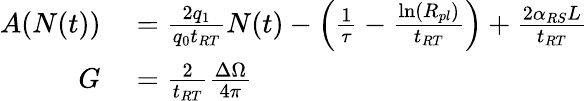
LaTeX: \begin{array}{rl}{A(N(t))}&{{}=\frac{2q_{1}}{q_{0}t_{RT}}N(t)-\left(\frac{1}{\tau}-\frac{\ln(R_{pl})}{t_{RT}}\right)+\frac{2\alpha_{RS}L}{t_{RT}}}\\ {G}&{{}=\frac{2}{t_{RT}}\frac{\Delta\Omega}{4\pi}}\end{array}